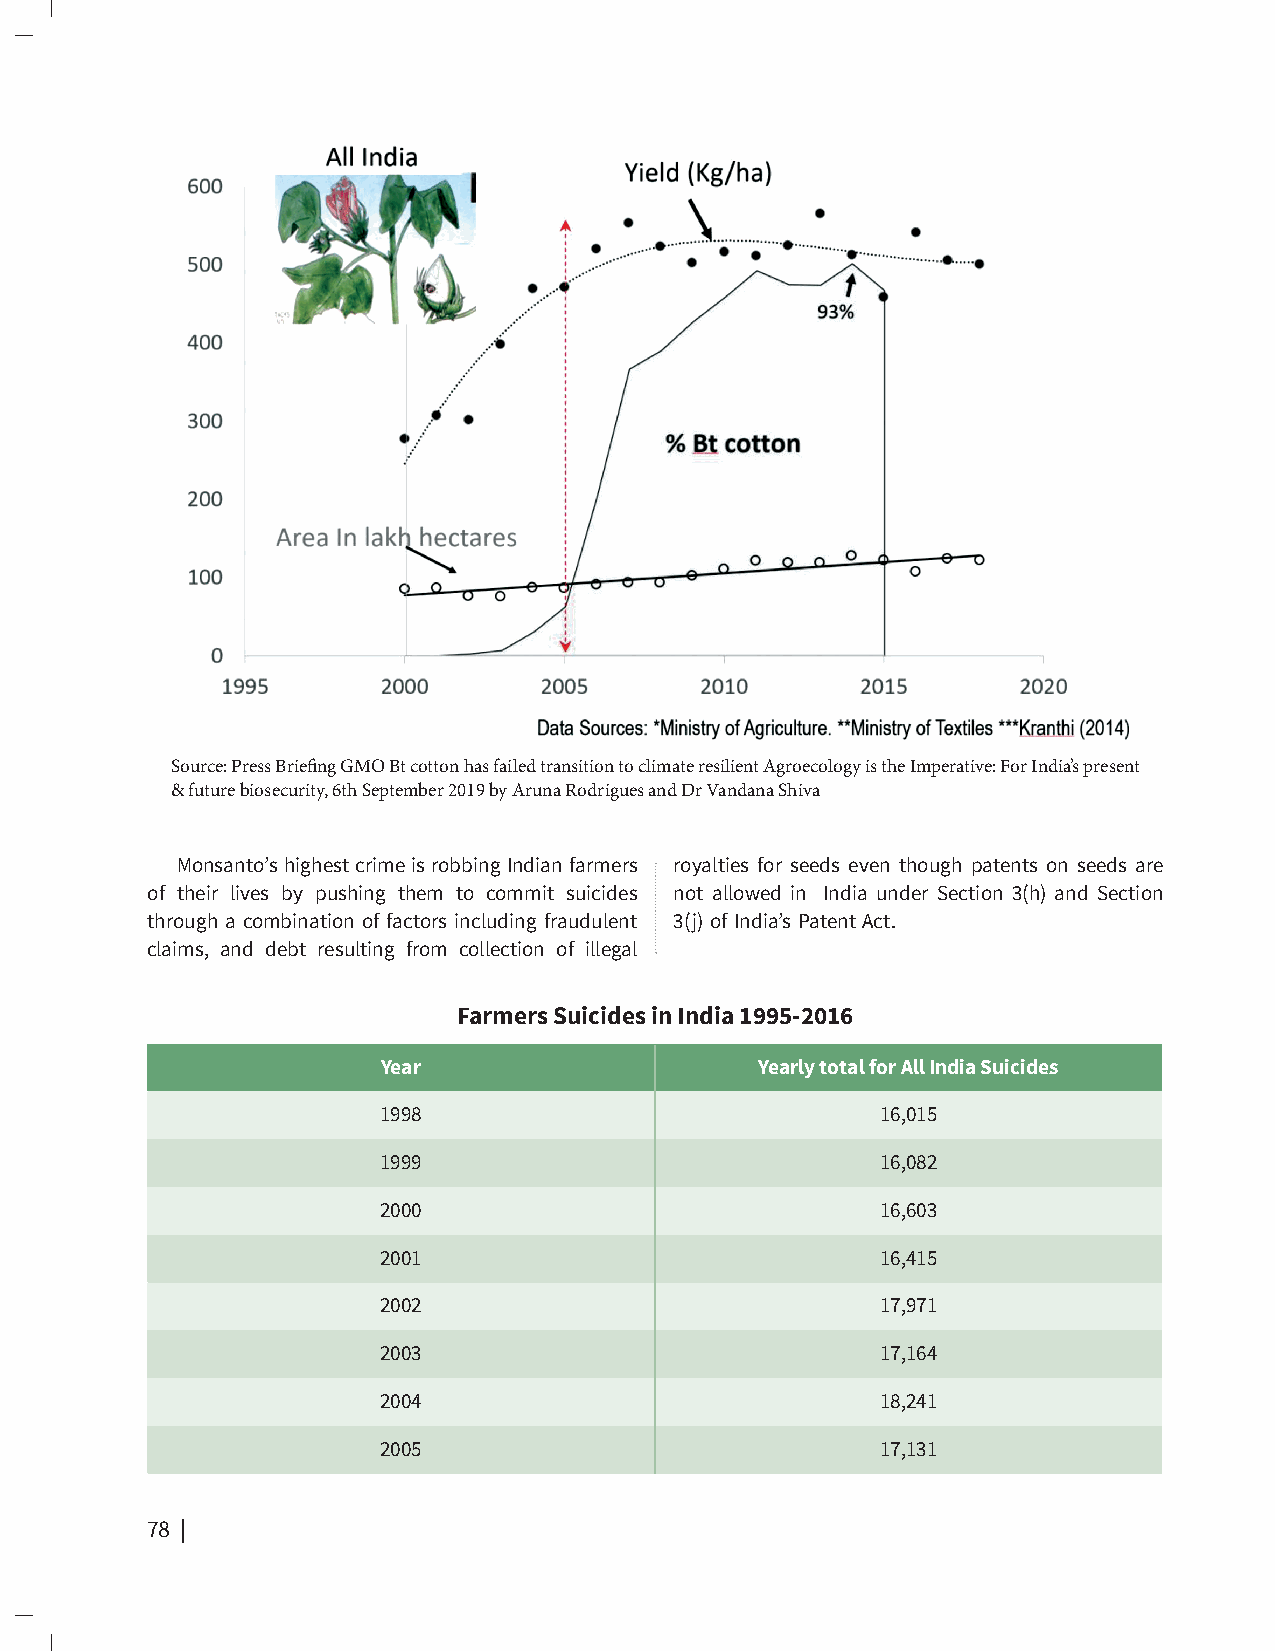
Source: Press Briefing GMO Bt cotton has failed transition to climate resilient Agroecology is the Imperative: For India’s present
 & future biosecurity, 6th September 2019 by Aruna Rodrigues and Dr Vandana Shiva
 Monsanto’s highest crime is robbing Indian farmers royalties for seeds even though patents on seeds are
 of their lives by pushing them to commit suicides not allowed in India under Section 3(h) and Section
 through a combination of factors including fraudulent 3(j) of India’s Patent Act.
 claims, and debt resulting from collection of illegal
 Farmers Suicides in India 1995-2016
 Year                     Yearly total for All India Suicides
 1998                             16,015
 1999                             16,082
 2000                             16,603
 2001                             16,415
 2002                             17,971
 2003                             17,164
 2004                             18,241
 2005                             17,131
 78 | The Future of Our Daily Bread